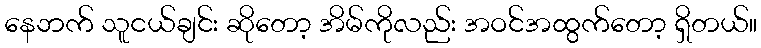
နေဘက် သူငယ်ချင်း ဆိုတော့ အိမ်ကိုလည်း အဝင်အထွက်တော့ ရှိတယ်။